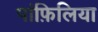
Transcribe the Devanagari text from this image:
पांफ़िलिया